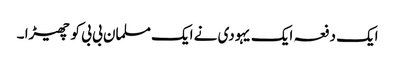
ایک دفعہ ایک یہودی نے ایک مسلمان بی بی کو چھیڑا ۔